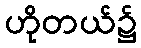
ဟိုတယ်၌